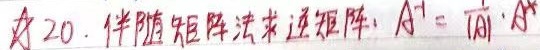
☆20. 伴随矩阵法求逆矩阵：\(A^{-1}=\frac{1}{|A|}\cdot A^{*}\)